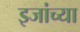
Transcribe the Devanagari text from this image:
इजांच्या